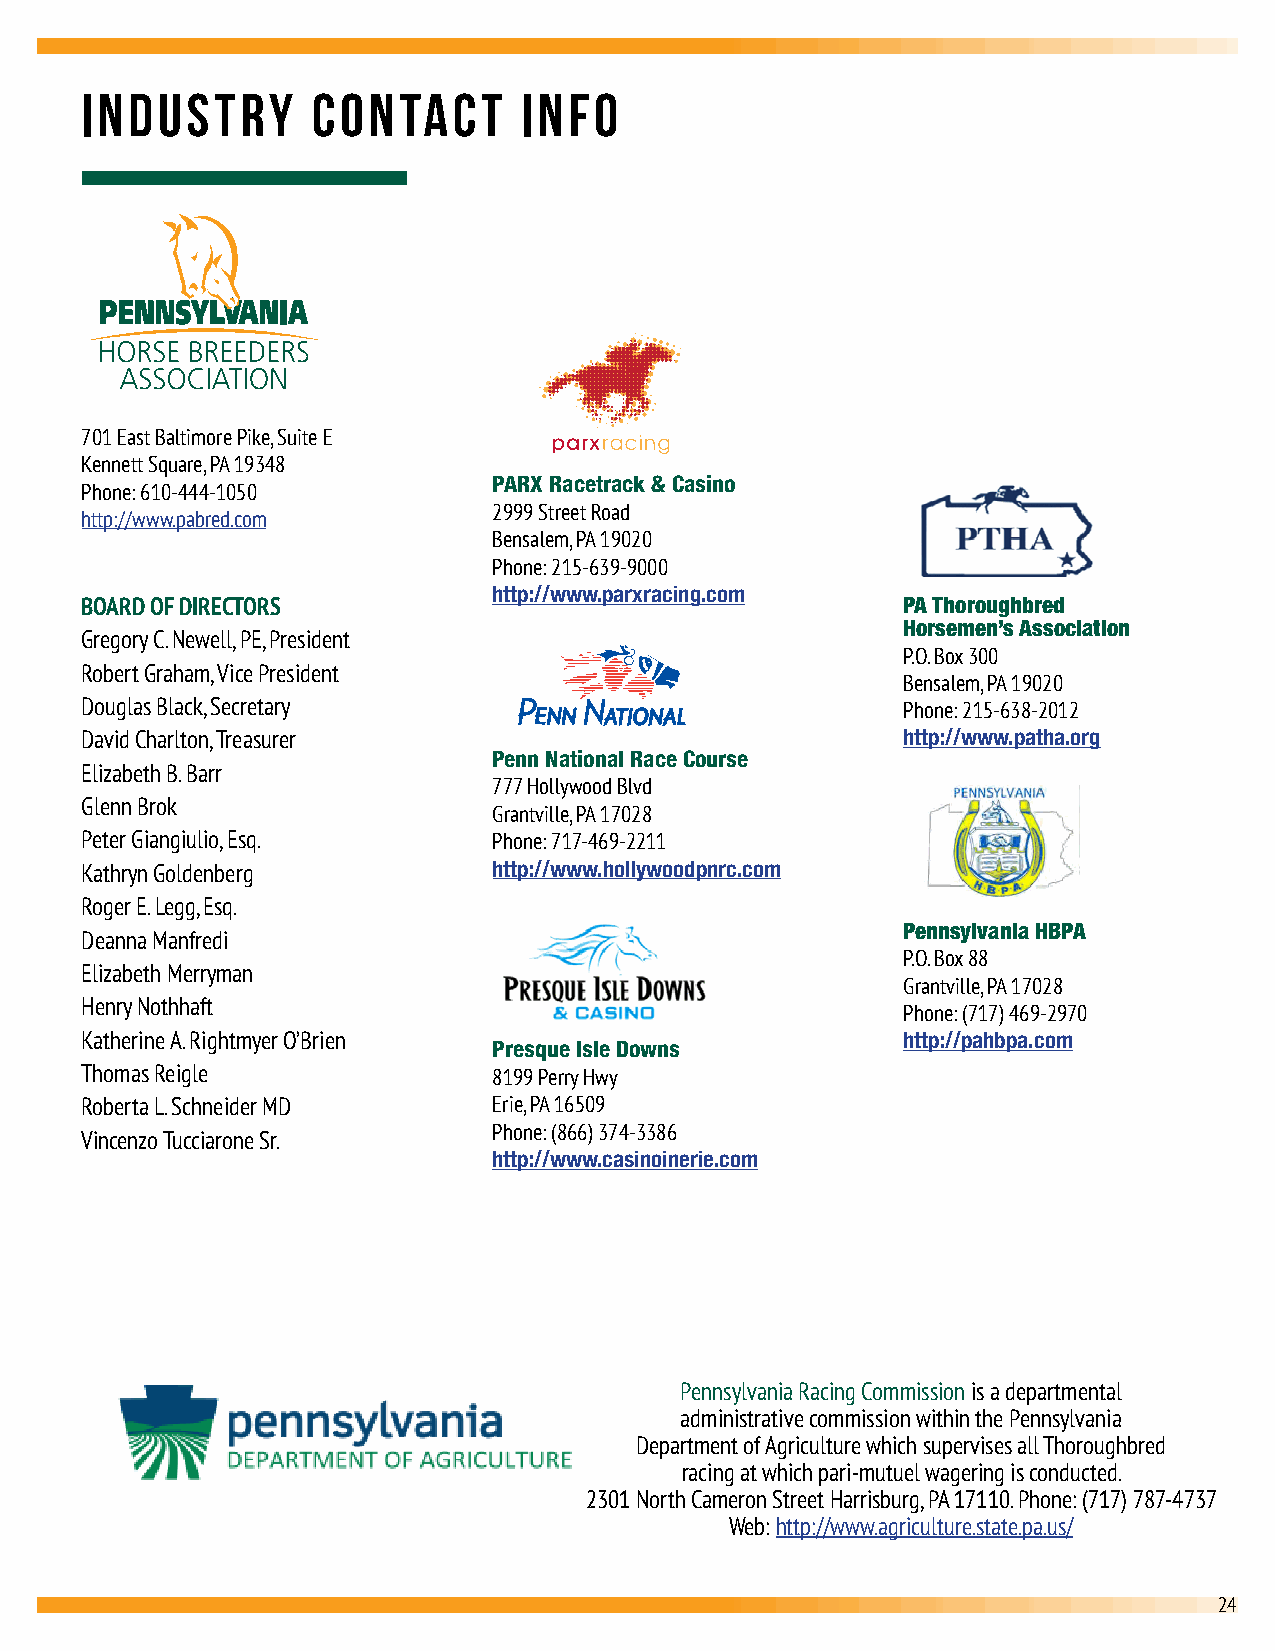
INDUSTRY        CONTACT       INFO
 701 East Baltimore Pike, Suite E
 Kennett Square, PA 19348
 PARX Racetrack & Casino
 Phone: 610-444-1050
 2999 Street Road
 http://www.pabred.com
 Bensalem, PA 19020
 Phone: 215-639-9000
 http://www.parxracing.com
 BOARD OF DIRECTORS                                     PA Thoroughbred
 Horsemen’s Association
 Gregory C. Newell, PE, President
 P.O. Box 300
 Robert Graham, Vice President
 Bensalem, PA 19020
 Douglas Black, Secretary                               Phone: 215-638-2012
 David Charlton, Treasurer                              http://www.patha.org
 Penn National Race Course
 Elizabeth B. Barr
 777 Hollywood Blvd
 Glenn Brok
 Grantville, PA 17028
 Peter Giangiulio, Esq.      Phone: 717-469-2211
 Kathryn Goldenberg          http://www.hollywoodpnrc.com
 Roger E. Legg, Esq.
 Deanna Manfredi                                        Pennsylvania HBPA
 P.O. Box 88
 Elizabeth Merryman
 Grantville, PA 17028
 Henry Nothhaft
 Phone: (717) 469-2970
 Katherine A. Rightmyer O’Brien                         http://pahbpa.com
 Presque Isle Downs
 Thomas Reigle               8199 Perry Hwy
 Roberta L. Schneider MD     Erie, PA 16509
 Phone: (866) 374-3386
 Vincenzo Tucciarone Sr.
 http://www.casinoinerie.com
 Pennsylvania Racing Commission is a departmental
 administrative commission within the Pennsylvania
 Department of Agriculture which supervises all Thoroughbred
 racing at which pari-mutuel wagering is conducted.
 2301 North Cameron Street Harrisburg, PA 17110. Phone: (717) 787-4737
 Web: http://www.agriculture.state.pa.us/
 24